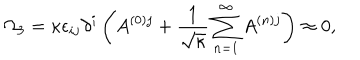
\Omega _ { 3 } = \kappa \epsilon _ { i j } \partial ^ { i } \left( A ^ { ( 0 ) j } + \frac { 1 } { \sqrt { \kappa } } \sum _ { n = 1 } ^ { \infty } A ^ { ( n ) j } \right) \approx 0 ,